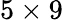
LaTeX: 5\times 9